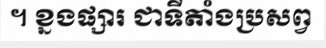
។ ខ្នងផ្សារ ជាទីតាំងប្រសព្វ